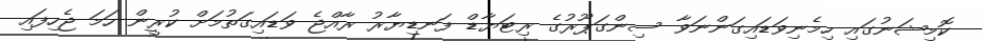
ކޮމިޝަނުގައި ހިމެނިވަޑައިގަންނަވާ ސިންގަޕޫރުގެ ރިޓަޔާޑް ފަނޑިޔާރު ރާއްޖެ ވަޑައިގަތުމަށް ކުރީން ހަމަ ޖެހިފައި